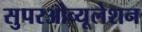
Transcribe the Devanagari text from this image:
सुपरओव्यूलेशन